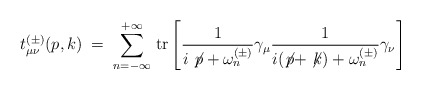
\begin{align*}t^{(\pm)}_{\mu\nu}(p,k) \;=\; \sum_{n=-\infty}^{+\infty} \,{\rm tr} \left[\frac{1}{i \not \! p + \omega_n^{(\pm)}} \gamma_\mu \frac{1}{i (\not \! p + \not \! k) + \omega_n^{(\pm)}} \gamma_\nu \right]\end{align*}